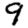
Digit: 9